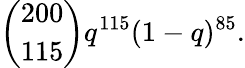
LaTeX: {{\binom{200}{115}}q^{115}(1-q)^{85}}.